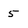
Character: 5